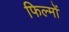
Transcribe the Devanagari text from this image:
फिल्मोंं